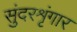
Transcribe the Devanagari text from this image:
सुंदरशृंगार